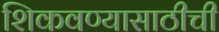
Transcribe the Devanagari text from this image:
शिकवण्यासाठीची